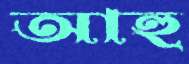
আহু